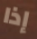
إذا